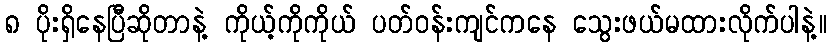
၈ ပိုးရှိနေပြီဆိုတာနဲ့ ကိုယ့်ကိုကိုယ် ပတ်ဝန်းကျင်ကနေ သွေးဖယ်မထားလိုက်ပါနဲ့။